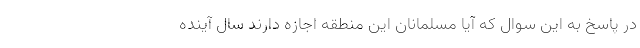
در پاسخ به این سوال که آیا مسلمانان این منطقه اجازه دارند سال آینده